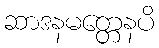
ဆာဒနမတ္တေနပိ